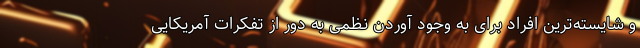
و شایسته‌ترین افراد برای به وجود آوردن نظمی به دور از تفکرات آمریکایی